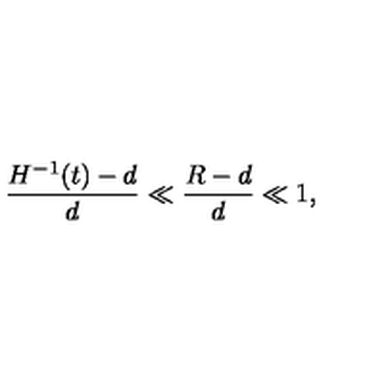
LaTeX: \frac { H ^ { - 1 } ( t ) - d } { d } \ll \frac { R - d } { d } \ll 1 ,